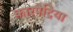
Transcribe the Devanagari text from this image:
कारपेट्रिया